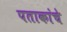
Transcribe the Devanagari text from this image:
पताकांचे